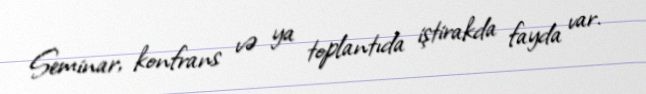
Seminar, konfrans və ya toplantıda iştirakda fayda var.